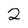
Character: 2